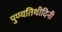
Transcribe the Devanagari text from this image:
पुण्यतिथीदिनी